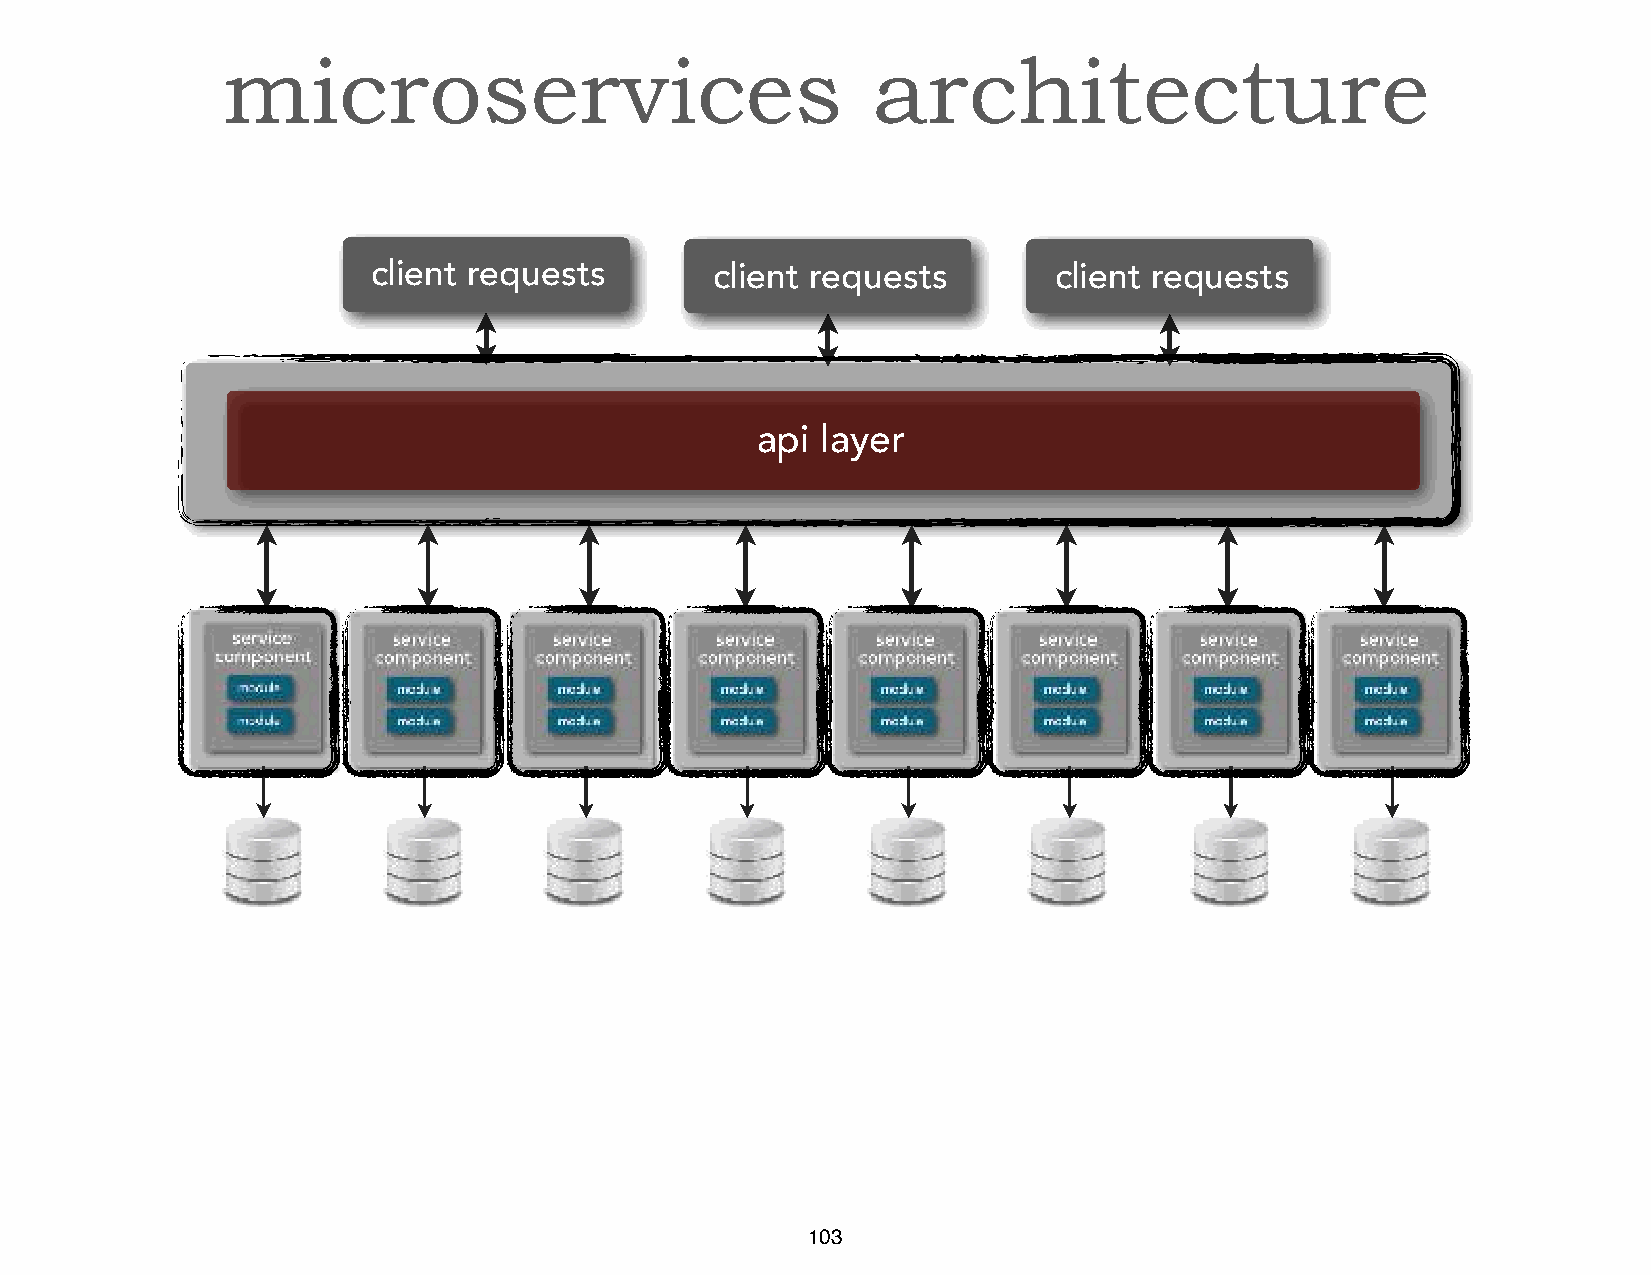
microservices                              architecture
 client requests       client requests        client requests
 api layer
 103